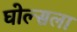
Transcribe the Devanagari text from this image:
घोल्सला